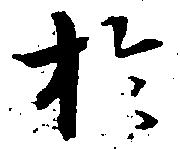
於